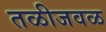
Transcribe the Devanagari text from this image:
तळीजवळ